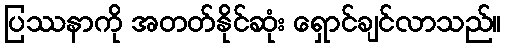
ပြဿနာကို အတတ်နိုင်ဆုံး ရှောင်ချင်လာသည်။